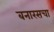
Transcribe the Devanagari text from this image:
बनारसचा